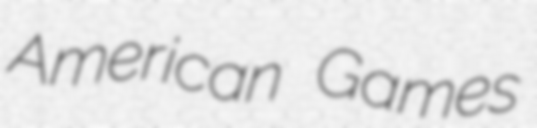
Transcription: American Games